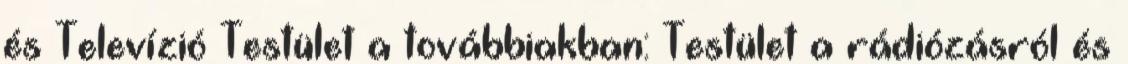
és Televízió Testület a továbbiakban: Testület a rádiózásról és